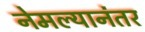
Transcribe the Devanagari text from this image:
नेमल्यानंतर